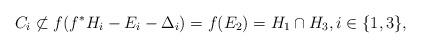
LaTeX: \begin{align*} C_i \not\subset f(f^*H_i - E_i - \Delta_i) = f(E_2) = H_1 \cap H_3, i \in \{1,3\},\end{align*}